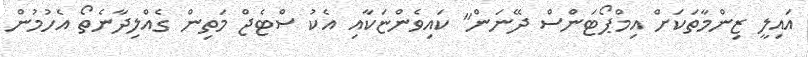
އައިލީ ޒިންމާތަކަށް އިމްޕޯޓަންސް ދޭނަން" ކައިވެންޏަކާއި އެކު ސްޓެޖް މަތިން ގެއްލިދާނެތޯ އެހުމުން